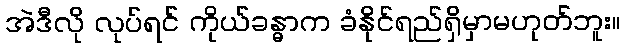
အဲဒီလို လုပ်ရင် ကိုယ်ခန္ဓာက ခံနိုင်ရည်ရှိမှာမဟုတ်ဘူး။